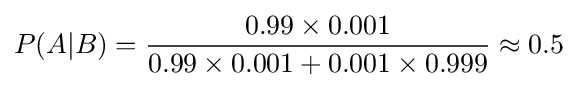
P(A|B)={\frac {0.99\times 0.001}{0.99\times 0.001+0.001\times 0.999}}\approx 0.5